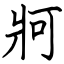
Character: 牁